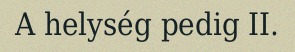
A helység pedig II.